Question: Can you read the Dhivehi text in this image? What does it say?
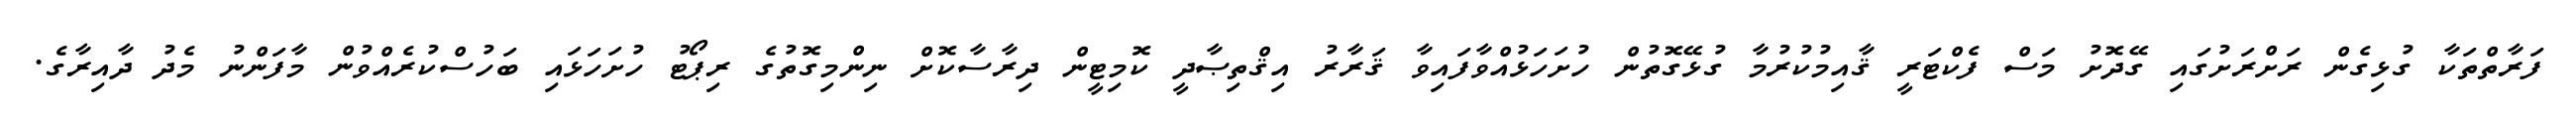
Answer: ފަރާތްތަކާ ގުޅިގެން ރަށްރަށުގައި ގޭދޮށު މަސް ފެކްޓަރީ ޤާއިމުކުރުމާ ގުޅޭގޮތުން ހުށަހަޅުއްވާފައިވާ ޤަރާރު އިޤްތިޞާދީ ކޮމިޓީން ދިރާސާކޮށް ނިންމިގޮތުގެ ރިޕޯޓު ހުށަހަޅައި ބަހުސްކުރެއްވުން މާފަންނު މެދު ދާއިރާގެ.